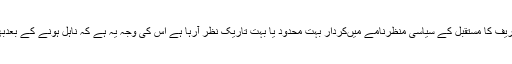
کیونکہ سپریم کورٹ سے نااہل ہونے کے بعد بظاہر میاں نوازشریف کا مستقبل کے سیاسی منظرنامے میںکردار بہت محدود یا بہت تاریک نظر آرہا ہے اس کی وجہ یہ ہے کہ ناہل ہونے کے بعدبھی میاں نوازشریف کیخلاف معاملات ختم ہوتے نظرنہیں آ رہے۔